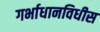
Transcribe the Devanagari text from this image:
गर्भाधानविधीस